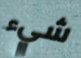
شيء